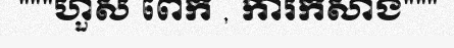
"""ហួស ពេក , ការកសាង"""